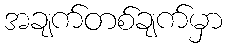
အချက်တစ်ချက်မှာ